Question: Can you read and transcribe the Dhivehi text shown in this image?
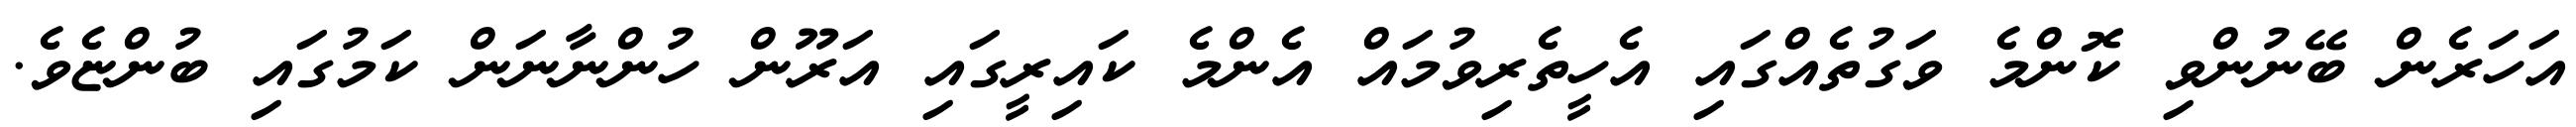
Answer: އަހަރެން ބޭނުންވި ކޮންމެ ވަގުތެއްގައި އެހީތެރިވުމައް އެންމެ ކައިރީގައި އަރޫން ހުންނާނަން ކަމުގައި ބުންޏެވެ.